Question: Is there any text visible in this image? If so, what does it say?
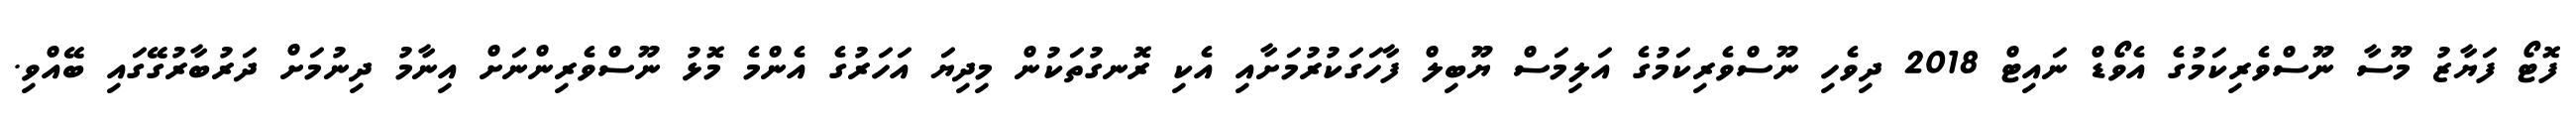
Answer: ފޮޓޯ ފަޔާޒު މޫސާ ނޫސްވެރިކަމުގެ އެވޯޑް ނައިޓް 2018 ދިވެހި ނޫސްވެރިކަމުގެ އަލިމަސް ޔޫބިލް ފާހަގަކުރުމަށާއި އެކި ރޮނގުތަކުން މިދިޔަ އަހަރުގެ އެންމެ މޮޅު ނޫސްވެރިންނަށް އިނާމު ދިނުމަށް ދަރުބާރުގޭގައި ބޭއްވި.